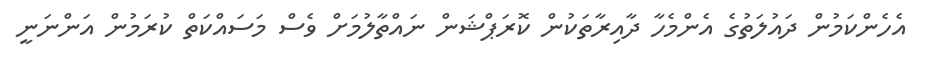
އެހެންކަމުން ދައުލަތުގެ އެންމެހާ ދާއިރާތަކުން ކޮރަޕްޝަން ނައްތާލުމަށް ވެސް މަސައްކަތް ކުރަމުން އަންނަނީ